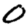
Digit: 0